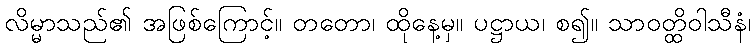
လိမ္မာသည်၏ အဖြစ်ကြောင့်။ တတော၊ ထိုနေ့မှ။ ပဋ္ဌာယ၊ စ၍။ သာဝတ္ထိဝါသီနံ၊